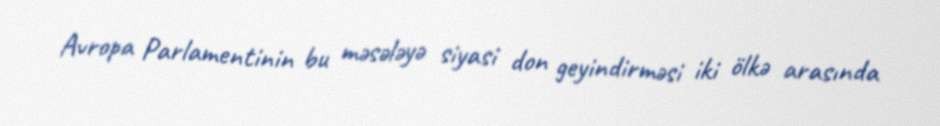
Avropa Parlamentinin bu məsələyə siyasi don geyindirməsi iki ölkə arasında